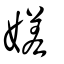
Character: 嫅